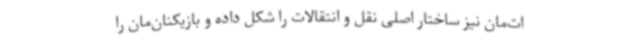
ات‌مان نیز ساختار اصلی نقل و انتقالات را شکل داده و بازیکنان‌مان را